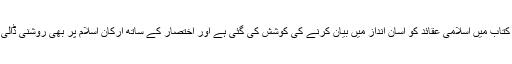
زیر نظر کتاب میں اسلامی عقائد کو آسان انداز میں بیان کرنے کی کوشش کی گئی ہے اور اختصار کے ساتھ ارکانِ اسلام پر بھی روشنی ڈالی گئی ہے۔